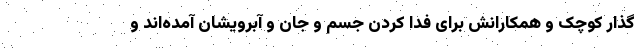
گذار کوچک و همکارانش برای فدا کردن جسم و جان و آبرویشان آمده‌اند و